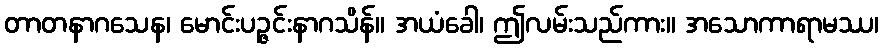
တာတနာဂသေန၊ မောင်းပဉ္ဇင်းနာဂသိန်။ အယံခေါ၊ ဤလမ်းသည်ကား။ အသောကာရာမဿ၊